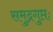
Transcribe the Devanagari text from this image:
समुद्रगुप्तः